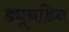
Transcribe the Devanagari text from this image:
ड्यूनडिन